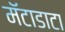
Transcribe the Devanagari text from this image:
मॅटाडाटा